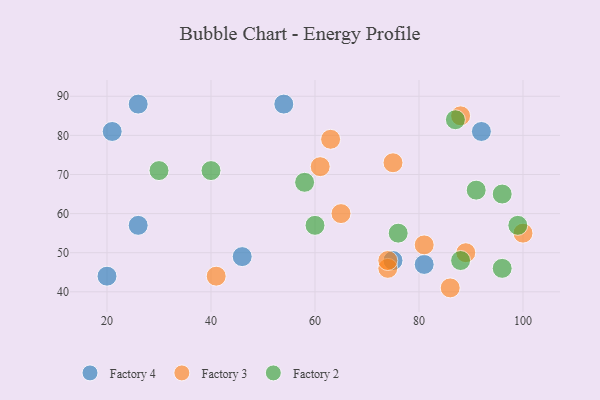
{"axis": {"x": "GDP", "y": "Life Expectancy"}, "legend": ["Factory 2", "Factory 3", "Factory 4"], "data": [{"x": "46", "y": 49, "type": "Factory 4"}, {"x": "26", "y": 88, "type": "Factory 4"}, {"x": "92", "y": 81, "type": "Factory 4"}, {"x": "75", "y": 48, "type": "Factory 4"}, {"x": "81", "y": 47, "type": "Factory 4"}, {"x": "20", "y": 44, "type": "Factory 4"}, {"x": "54", "y": 88, "type": "Factory 4"}, {"x": "26", "y": 57, "type": "Factory 4"}, {"x": "21", "y": 81, "type": "Factory 4"}, {"x": "74", "y": 46, "type": "Factory 3"}, {"x": "63", "y": 79, "type": "Factory 3"}, {"x": "100", "y": 55, "type": "Factory 3"}, {"x": "81", "y": 52, "type": "Factory 3"}, {"x": "86", "y": 41, "type": "Factory 3"}, {"x": "61", "y": 72, "type": "Factory 3"}, {"x": "75", "y": 73, "type": "Factory 3"}, {"x": "89", "y": 50, "type": "Factory 3"}, {"x": "41", "y": 44, "type": "Factory 3"}, {"x": "65", "y": 60, "type": "Factory 3"}, {"x": "88", "y": 85, "type": "Factory 3"}, {"x": "74", "y": 48, "type": "Factory 3"}, {"x": "76", "y": 55, "type": "Factory 2"}, {"x": "96", "y": 65, "type": "Factory 2"}, {"x": "91", "y": 66, "type": "Factory 2"}, {"x": "96", "y": 46, "type": "Factory 2"}, {"x": "40", "y": 71, "type": "Factory 2"}, {"x": "88", "y": 48, "type": "Factory 2"}, {"x": "87", "y": 84, "type": "Factory 2"}, {"x": "99", "y": 57, "type": "Factory 2"}, {"x": "60", "y": 57, "type": "Factory 2"}, {"x": "30", "y": 71, "type": "Factory 2"}, {"x": "58", "y": 68, "type": "Factory 2"}]}